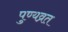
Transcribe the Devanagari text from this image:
पुण्यव्रत